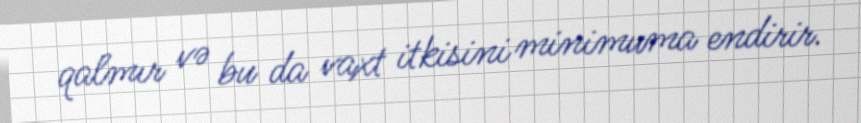
qalmır və bu da vaxt itkisini minimuma endirir.